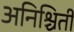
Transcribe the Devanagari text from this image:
अनिश्चिती